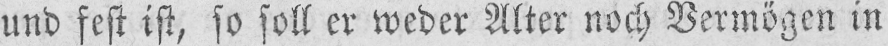
und fest ist, so soll er weder Alter noch Vermögen in